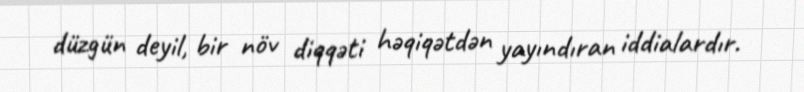
düzgün deyil, bir növ diqqəti həqiqətdən yayındıran iddialardır.